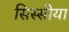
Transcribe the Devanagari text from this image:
सिस्सीया